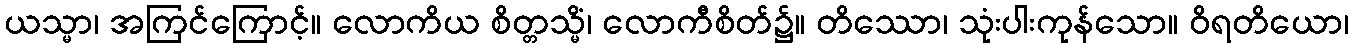
ယသ္မာ၊ အကြင်ကြောင့်။ လောကိယ စိတ္တသ္မိံ၊ လောကီစိတ်၌။ တိဿော၊ သုံးပါးကုန်သော။ ဝိရတိယော၊